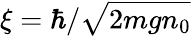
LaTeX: \xi=\hbar/\sqrt{2mgn_{0}}